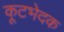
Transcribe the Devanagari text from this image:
कूटभेदक